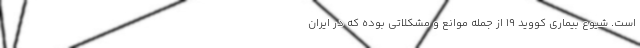
است. شیوع بیماری کووید ۱۹ از جمله موانع و مشکلاتی بوده که در ایران